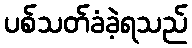
ပစ်သတ်ခံခဲ့ရသည်